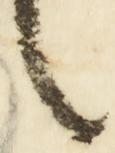
々